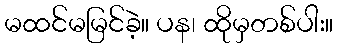
မထင်မမြင်ခဲ့။ ပန၊ ထိုမှတစ်ပါး။